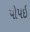
પોપઇ